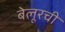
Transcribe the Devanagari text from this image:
बेलूरची